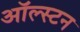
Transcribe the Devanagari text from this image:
ऑल्स्टन